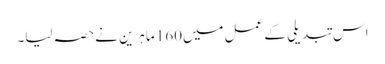
اس تبدیلی کے عمل میں160 ماہرین نےحصہ لیا۔